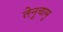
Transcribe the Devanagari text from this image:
तेनुचामु